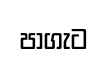
පාගැට